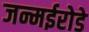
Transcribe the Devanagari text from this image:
जन्मईरोडे